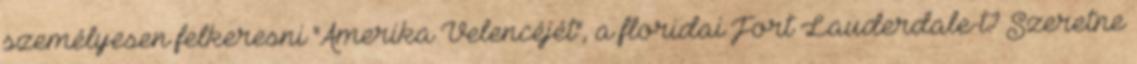
személyesen felkeresni "Amerika Velencéjét", a floridai Fort Lauderdale-t? Szeretne